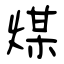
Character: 煤